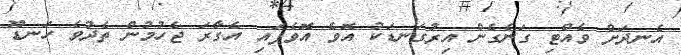
އެނދަށް ވެއްޓި ގަނެގެން އިރުގަނޑަކު އޮވެ އޮވެފައި އެގާރަ ޖެހުމުން ތެދުވެ ހަނޑޫ